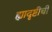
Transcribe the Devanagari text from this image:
ह्यादृष्टीची